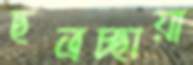
ছত্রচ্ছায়া